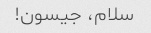
سلام، جیسون!